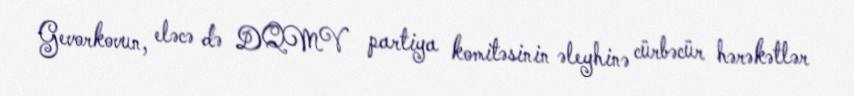
Gevorkovun, eləcə də DQMV partiya komitəsinin əleyhinə cürbəcür hərəkətlər